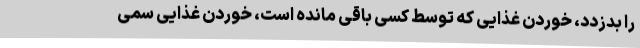
را بدزدد، خوردن غذایی که توسط کسی باقی مانده است، خوردن غذایی سمی